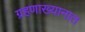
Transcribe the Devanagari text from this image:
ग्रहणाख्यानात